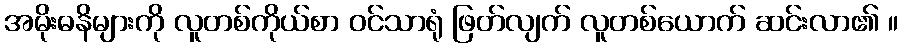
အမိုးဓနိများကို လူတစ်ကိုယ်စာ ဝင်သာရုံ ဖြတ်လျက် လူတစ်ယောက် ဆင်းလာ၏ ။